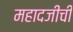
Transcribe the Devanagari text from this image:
महादजीची